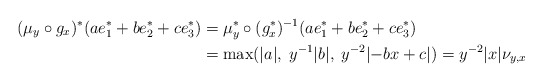
\begin{align*} (\mu_y \circ g_x)^*(ae_1^*+be_2^*+ce_3^*) &= \mu_y^*\circ (g_x^*)^{-1}(ae_1^*+be_2^*+ce_3^*) \\&= \max(|a|, \; y^{-1}|b|, \; y^{-2}|{-bx+c}|)= y^{-2}|x|\nu_{y,x}\end{align*}